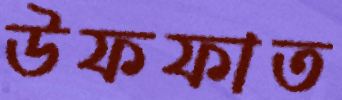
উফফাত